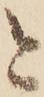
と